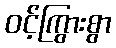
ဝင့်ကြွားစွာ